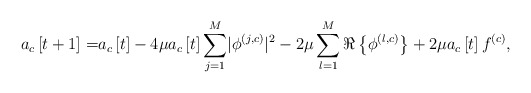
\begin{align*}a_c\left[t+1\right]=&a_c\left[t\right]-4\mu a_c\left[t\right]\sum_{j=1}^{M}\lvert\phi^{\left(j,c\right)}\rvert^2-2\mu\sum_{l=1}^{M}\Re\left\{\phi^{\left(l,c\right)}\right\}+2\mu a_c\left[t\right]f^{\left(c\right)}, \end{align*}